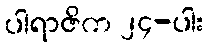
ပါရာဇိက ၂၄-ပါး